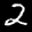
Label: 2